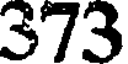
373